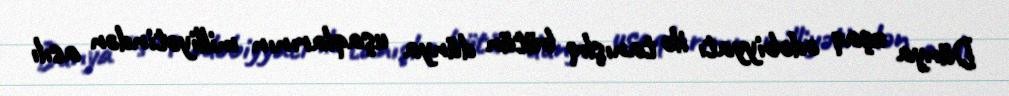
Dünya uşaq ədəbiyyatı ilə tanışlıq bütün dünya uşaqlarının milliyətindən asılı